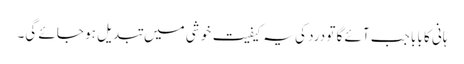
ہانی کا بابا جب آئے گا تو درد کی یہ کیفیت خوشی میں تبدیل ہو جائے گی۔